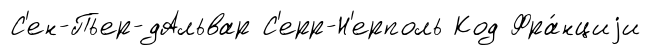
С'ен-Пьер-дАльвар С'ерр-Н'ерполь Код Фра́нциjи